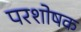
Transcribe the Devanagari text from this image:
परशोषक